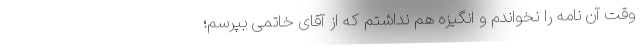
وقت آن نامه را نخواندم و انگیزه هم نداشتم که از آقای خاتمی بپرسم؛